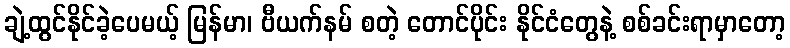
ချဲ့ထွင်နိုင်ခဲ့ပေမယ့် မြန်မာ၊ ဗီယက်နမ် စတဲ့ တောင်ပိုင်း နိုင်ငံတွေနဲ့ စစ်ခင်းရာမှာတော့